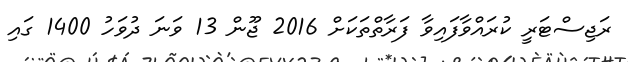
ރަޖިސްޓަރީ ކުރައްވާފައިވާ ފަރާތްތަކަށް 2016 ޖޫން 13 ވަނަ ދުވަހު 1400 ގައި